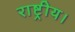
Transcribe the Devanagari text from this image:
राष्ट्रीय।